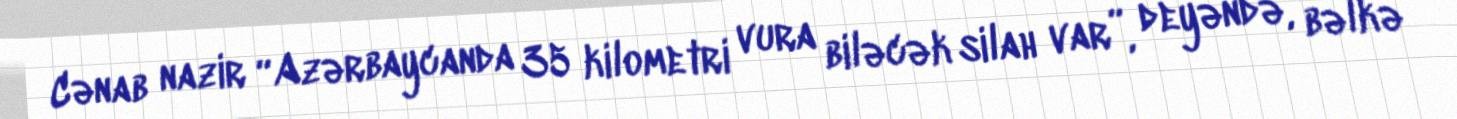
Cənab nazir “Azərbaycanda 35 kilometri vura biləcək silah var”, deyəndə, bəlkə